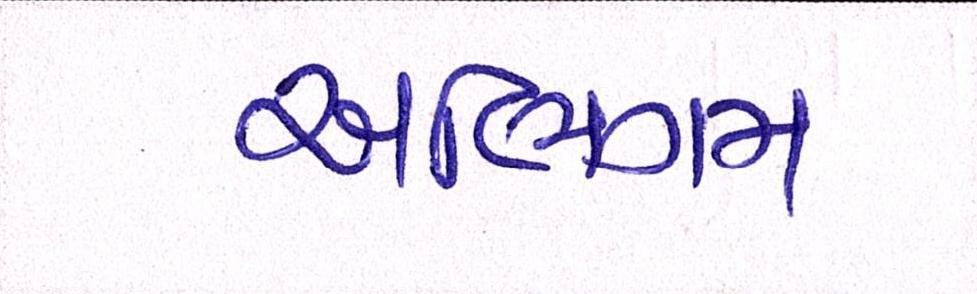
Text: અભિગમ